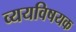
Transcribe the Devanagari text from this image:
व्ययविषयक